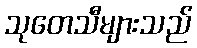
သုတေသီများသည်